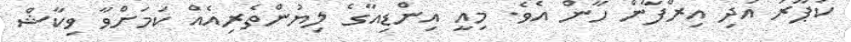
ކަޕޫރު އަދި އިރްފާން ހާން އެވެ. މިއީ އިންޑިއާގެ ލިޔުންތެރިއެއް ކަމަށްވާ ވިކާޝް